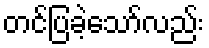
တင်ပြခဲ့သော်လည်း